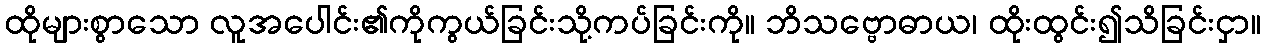
ထိုများစွာသော လူအပေါင်း၏ကိုကွယ်ခြင်းသို့ကပ်ခြင်းကို။ ဘိသဗ္ဗောဓာယ၊ ထိုးထွင်း၍သိခြင်းငှာ။